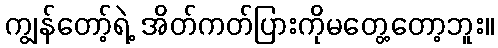
ကျွန်တော့်ရဲ့ အိတ်ကတ်ပြားကိုမတွေ့တော့ဘူး။